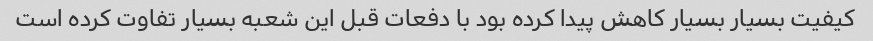
کیفیت بسیار بسیار کاهش پیدا کرده بود با دفعات قبل این شعبه بسیار تفاوت کرده است